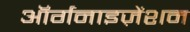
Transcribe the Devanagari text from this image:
ऑर्गनाइज़ेंशन